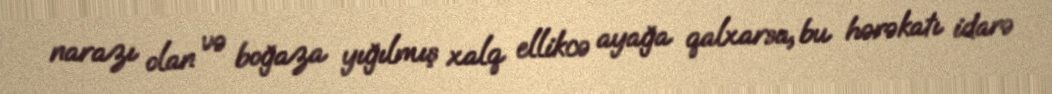
narazı olan və boğaza yığılmış xalq ellikcə ayağa qalxarsa, bu hərəkatı idarə